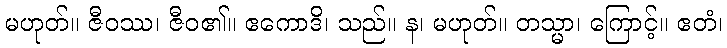
မဟုတ်။ ဇီဝဿ၊ ဇီဝ၏။ ဧကောဒိ၊ သည်။ န၊ မဟုတ်။ တသ္မာ၊ ကြောင့်။ ဧတံ၊